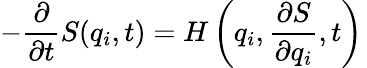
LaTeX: -{\frac{\partial}{\partial t}}S(q_{i},t)=H\left(q_{i},{\frac{\partial S}{\partial q_{i}}},t\right)\,